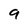
Character: 9